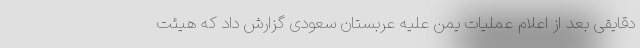
دقایقی بعد از اعلام عملیات یمن علیه عربستان سعودی گزارش داد که هیئت